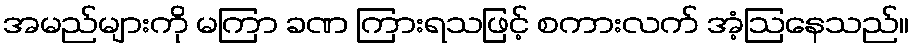
အမည်များကို မကြာ ခဏ ကြားရသဖြင့် စကားလက် အံ့ဩနေသည်။